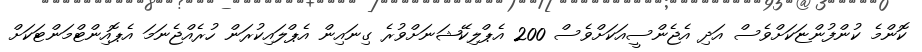
ކޮންމެ ކުންފުންޏަކަށްވެސް އަދި އެޖެންސީއަކަށްވެސް 200 އެޕްލިކޭޝަނަށްވުރެ ގިނައިން އެޕްލައިކުރަން ހުރެއްޖެނަމަ އެޕޮއިންޓްމަންޓަކަށް